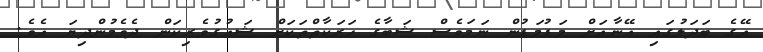
އޭގެ ބަދަލުގައި އޭނާއަށް މަޑުމަޑުން ނަމަވެސް ޝަބާގެ ހަރަކާތްތަކަށް ޝައުގުވެރިކަން ދެވެމުންދިޔަ އެވެ.